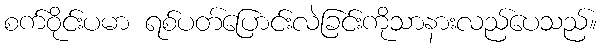
စက်ဝိုင်းပမာ ရစ်ပတ်ပြောင်းလဲခြင်းကိုသာနားလည်ပေသည်။